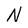
Character: N